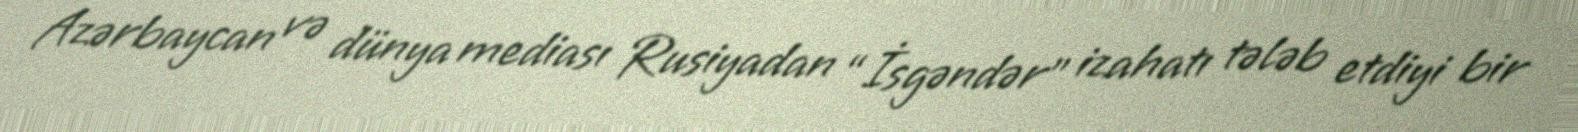
Azərbaycan və dünya mediası Rusiyadan “İsgəndər” izahatı tələb etdiyi bir